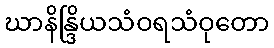
ဃာနိန္ဒြိယသံဝရသံဝုတော